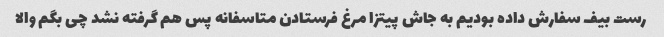
رست بیف سفارش داده بودیم به جاش پیتزا مرغ فرستادن متاسفانه پس هم گرفته نشد چی بگم والا